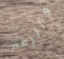
والرقم